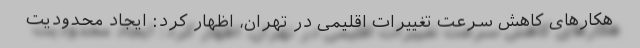
هکارهای کاهش سرعت تغییرات اقلیمی در تهران، اظهار کرد: ایجاد محدودیت